Vaccination in Bombay 1924-1928 - 1924-1928
Year: 1924
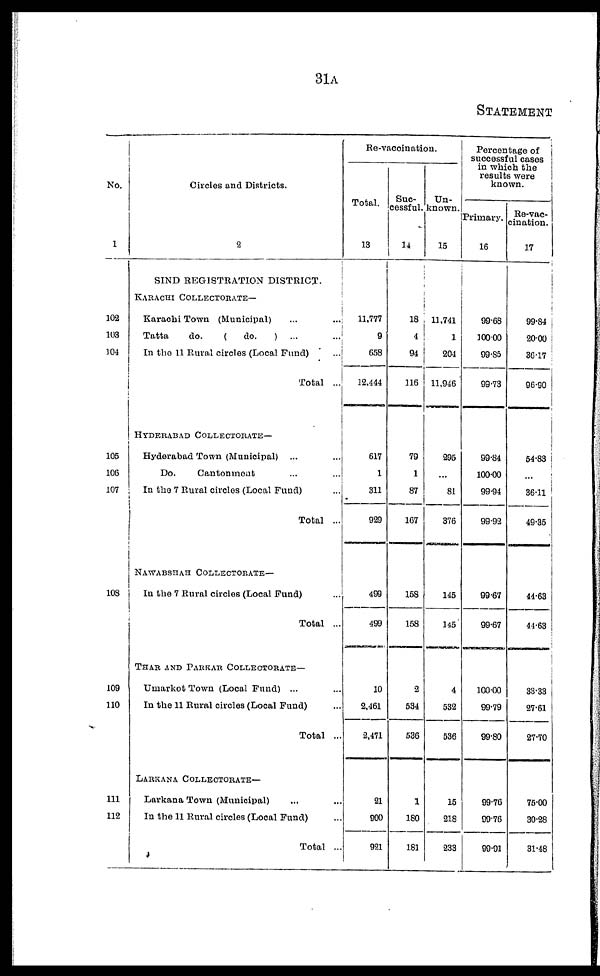
31A
STATEMENT
No.
1
102
103
104
105
106
107
108
109
110
111
112
Circles and Districts.
2
SIND REGISTRATION DISTRICT.
KARACHI COLLECTORATE—
Karachi Town (Municipal)
...
...
Tatta
do.
(
do.
) ... ...
In the 11 Rural circles (Local Fund) ...
Total ...
HYDERABAD COLLECTORATE—
Hyderabad Town (Municipal) ... ...
Do.
Cantonment ... ...
In the 7 Rural circles (Local Fund) ...
Total ...
NAWABSHAH COLLECTORATE—
In the 7 Rural circles (Local Fund) ...
Total ...
THAR AND PARKAR COLLECTORATE—
Umarkot Town (Local Fund) ... ...
In the 11 Rural circles (Local Fund) ...
Total ...
LARKANA COLLECTORATE—
Larkana Town (Municipal) ... ...
In the 11 Rural circles (Local Fund) ...
Total ...
Re-vaccination.
Total.
13
11,777
9
658
12,444
617
1
311
929
499
499
10
2,461
2,471
21
900
921
Suc-
cessful.
14
18
4
94
116
79
1
87
167
158
158
2
534
536
1
180
181
Un-
known.
15
11,741
1
204
11,946
295
...
81
376
145
145
4
532
536
15
218
233
Percentage of
successful cases
in which the
results were
known.
Primary.
16
99.68
100.00
99.85
99.73
99.84
100.00
99.94
99.92
99.67
99.67
100.00
99.79
99.80
99.76
99.76
99.91
Re-vac-
cination.
17
99.84
20.00
36.17
96.90
54.83
...
36.11
49.35
44.63
44.63
33.33
27.61
27.70
75.00
30.28
31.48